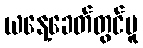
ယနေ့ခေတ်တွင်မူ